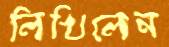
লিখিলেন